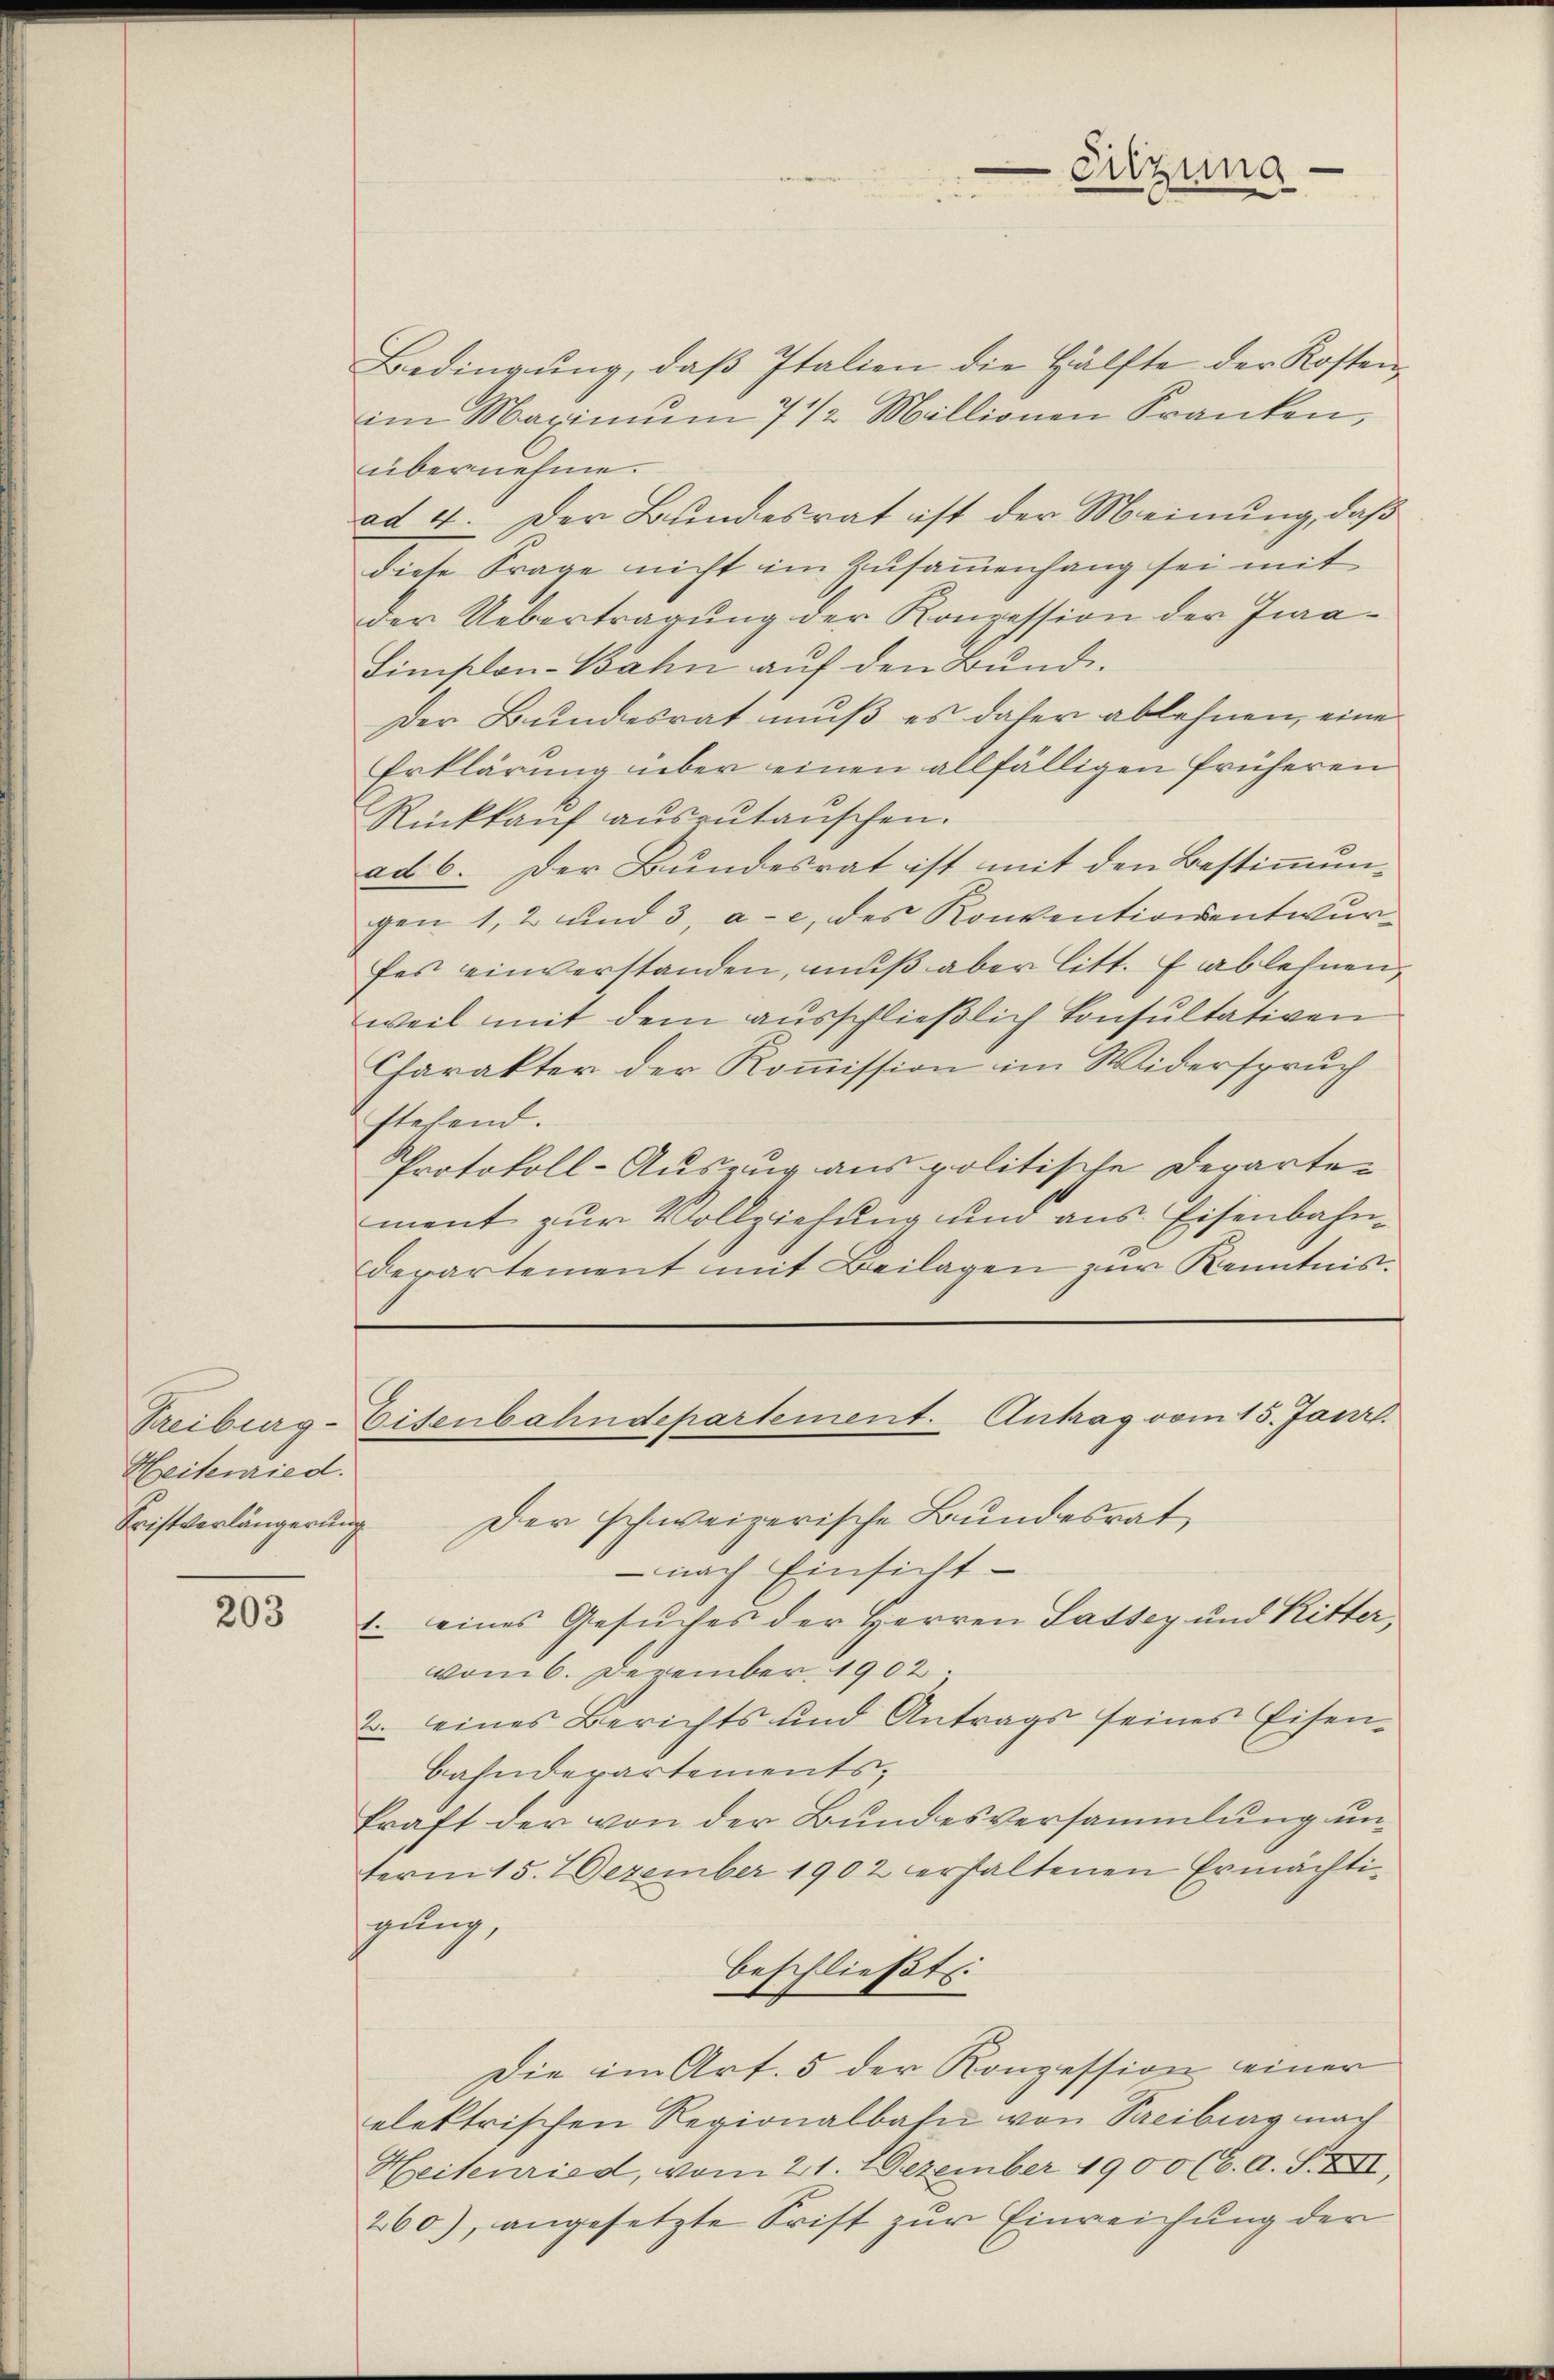
Heitenried.

203

Fristverlängerung der schweizerische Bundesrat
-nach Einsicht
1. eines Gesuches der Herren Lassey und Ritter,
vom 6. Dezember 1902.
2. eines Berichts und Antrags seines Eisen-
bahnderartements,
kraft der von der Bundesversammlung unterm 15. 7 Dezember 1902 erhaltenen Ermächtigung,
beschließt:
Die im Art. 5 der Konzession einer
elektrischen Regionalbahn von Pareiburg nach
Heitenried, vom 21. Dezember 1900 (6. A. S. XXII,
260), angesetzte Frist zur Einreichung der

Bedingŭng, daβ Italien die Hälfte der Kosten
im Maximŭm 7 1/2 Millionen Franken,
übernehme.
ad 4. Der Bundesrat ist der Meinung, daß
diese Frage nicht im Zusammenhang sei mit
der Uebertragung der Konzession der Jura¬
Limplon-Bahn auf den Bund.
Der Bundesrat muß es daher ablehnen, eine
Erklärung über einen allfälligen früheren
Rückkaŭf aŭszŭtaŭschen.
ad 6. Der Bundesrat ist mit den Bestimmungen 1, 2 und 3, a. c. des Konventionsentwurfes einverstanden, muß aber litt. f ablehnen,
weil mit dem ausschließlich Consultativen
Charakter der Kommission im Widerspruch
stehend.
Protokoll-Auszug aus politische Derarten
ment zur Vollziehung und aus Eisenbahnderartement mit Beilagen zur Kenntnis¬

Treiburg-Eisenbahndepartement. Antrag vom 15. Janr.

-Sitzung.